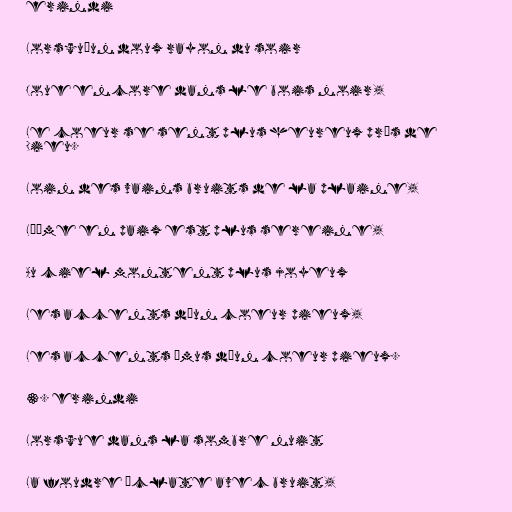
erindi

Lorsqu'un doux rayon du soir

Joue encore dans le bois noir,

Le coeur se sent plus heureux près de
Dieu.

Loin des vains bruits de la plaine,

L'âme en paix est plus sereine,

Au ciel montent plus joyeux

Les accents d'un coeur pieux,

Les accents émus d'un coeur pieux.

3. erindi

Lorsque dans la sombre nuit

La foudre éclate avec bruit,